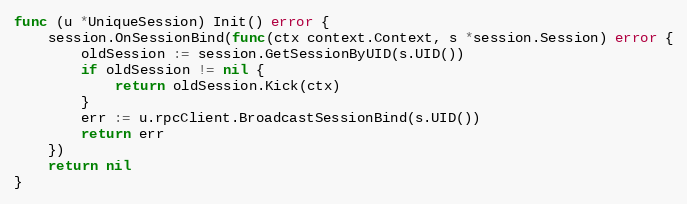
Language: Go
func (u *UniqueSession) Init() error {
	session.OnSessionBind(func(ctx context.Context, s *session.Session) error {
		oldSession := session.GetSessionByUID(s.UID())
		if oldSession != nil {
			return oldSession.Kick(ctx)
		}
		err := u.rpcClient.BroadcastSessionBind(s.UID())
		return err
	})
	return nil
}